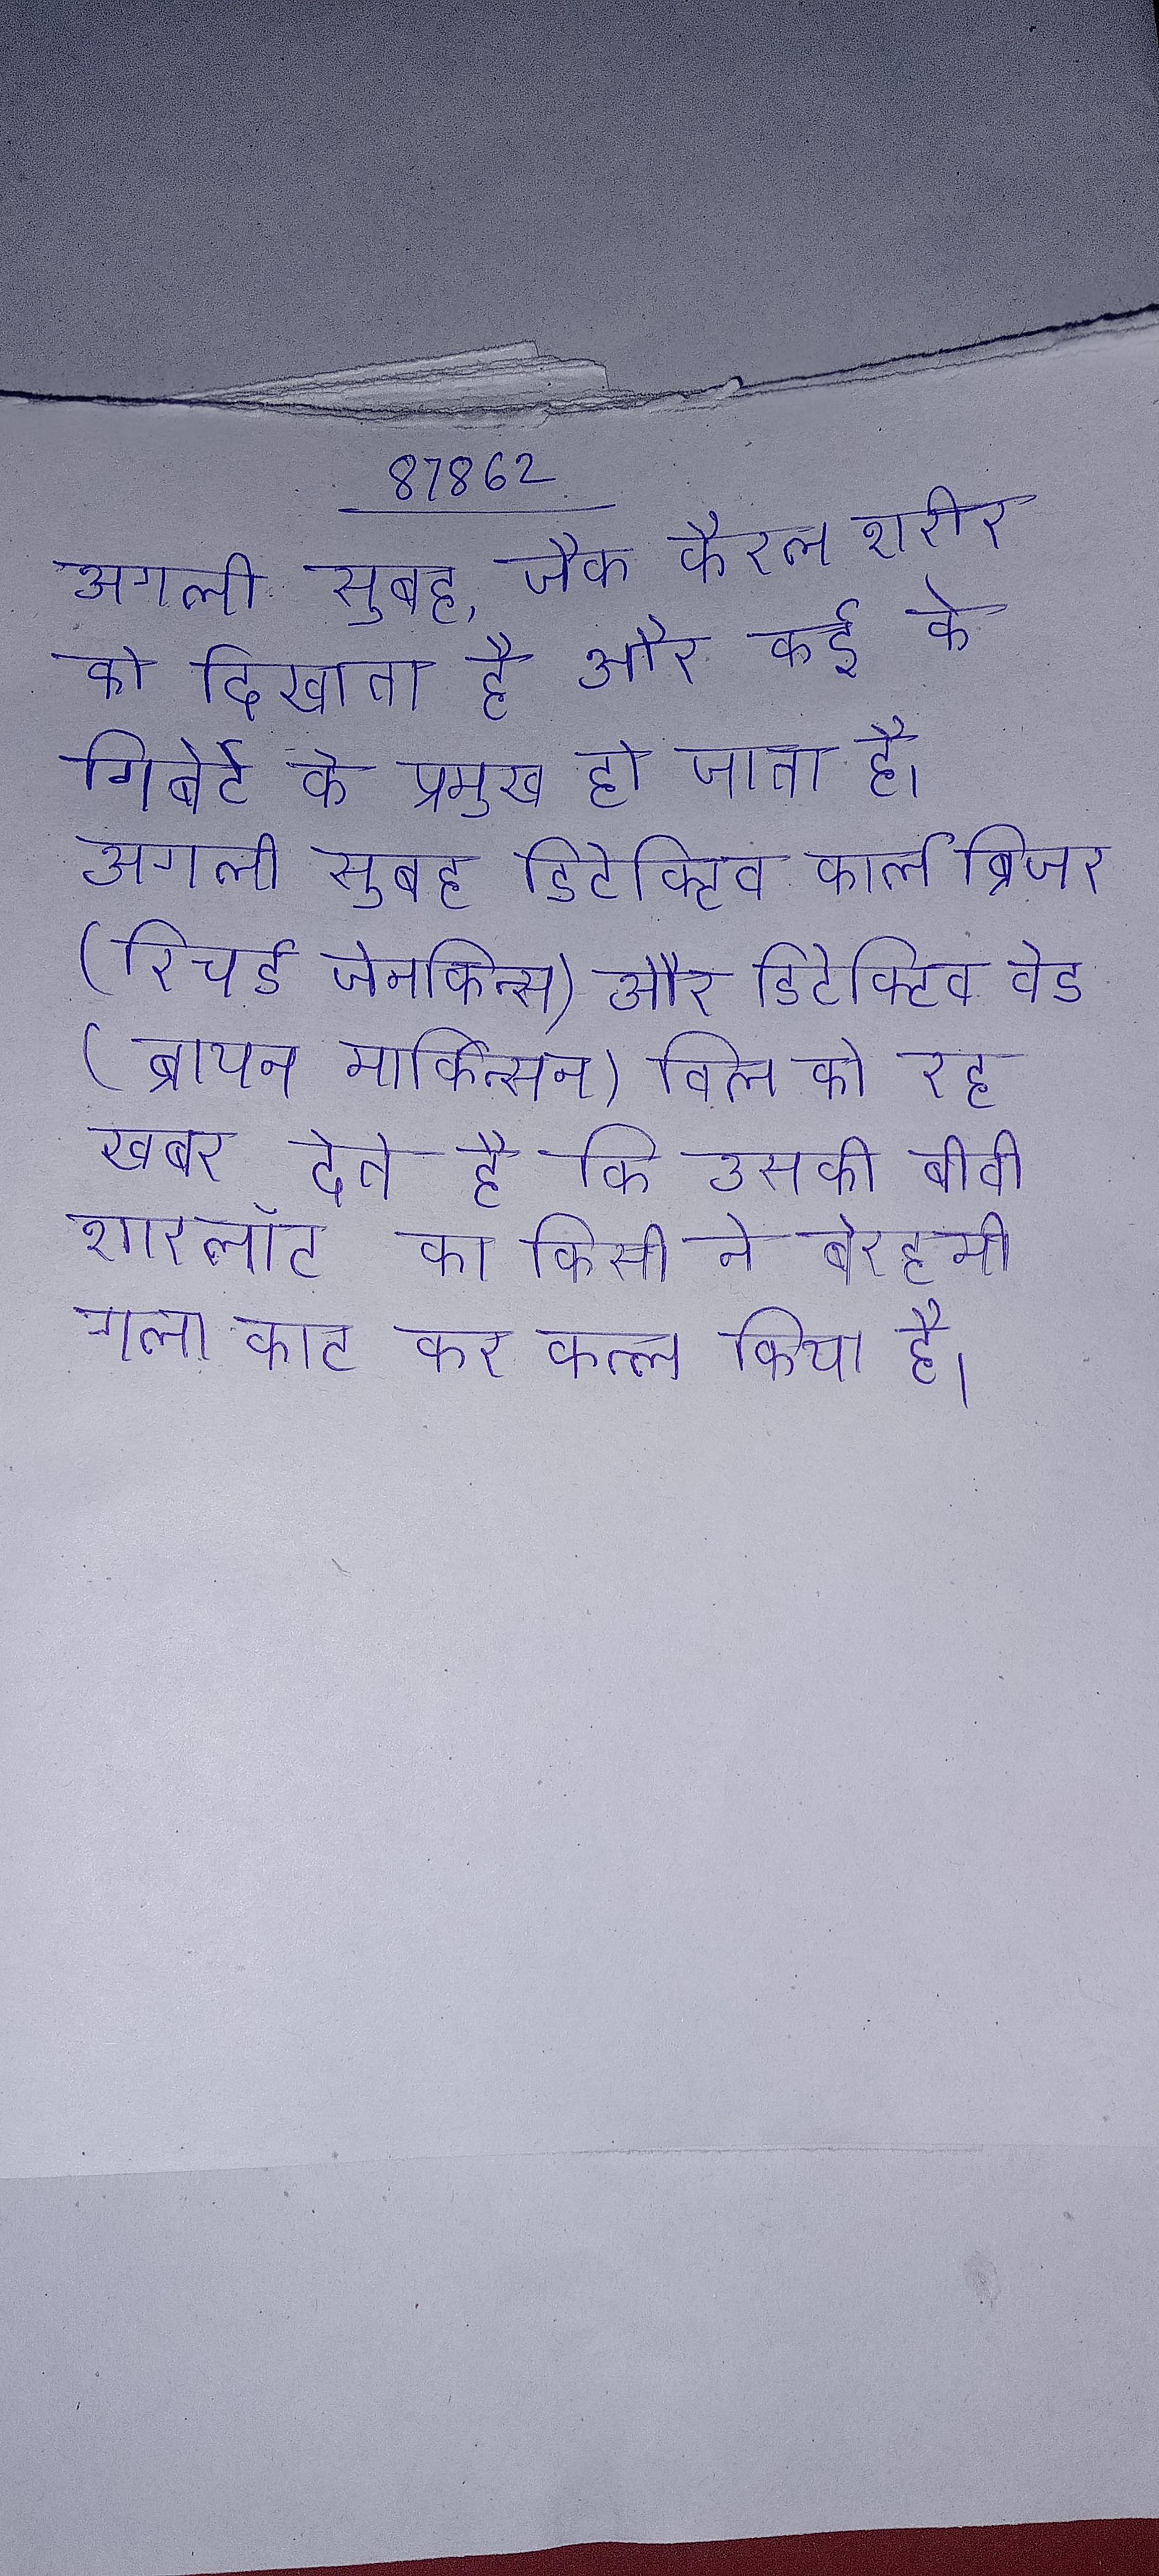
अगली सुबह, जैक कैरल शरीर को दिखाता है और कई के गिबेर्ट के प्रमुख हो जाता है । अगली सुबह डिटेक्टिव कार्ल ब्रिजर (रिचर्ड जेनकिन्स) और डिटेक्टिव वेड (ब्रायन मार्किन्सन) विल को रह खबर देते है कि उसकी बीवी शारलाॅट का किसी ने बेरहमी गला काट कर कत्ल किया है ।